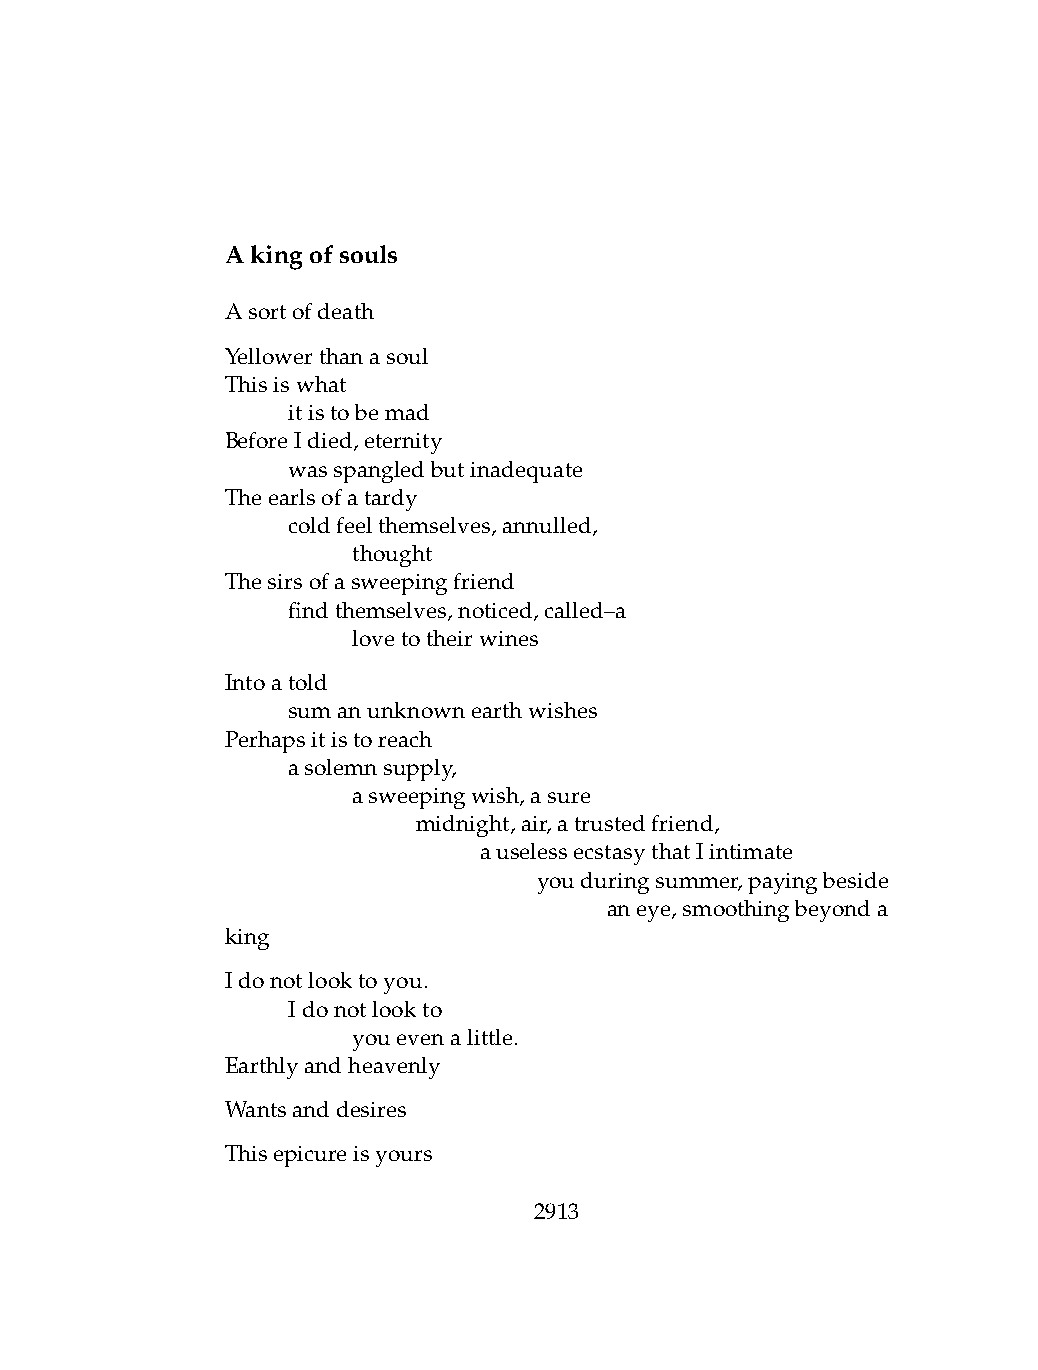
Akingofsouls
 Asortofdeath
 Yellowerthanasoul
 Thisiswhat
 .   itistobemad
 BeforeIdied,eternity
 .   wasspangledbutinadequate
 Theearlsofatardy
 .   coldfeelthemselves,annulled,
 .   .   thought
 Thesirsofasweepingfriend
 .   findthemselves,noticed,called–a
 .   .   lovetotheirwines
 Intoatold
 .   sumanunknownearthwishes
 Perhapsitistoreach
 .   asolemnsupply,
 .   .   asweepingwish,asure
 .   .   .    midnight,air,atrustedfriend,
 .   .   .    .   auselessecstasythatIintimate
 .   .   .   .   .    youduringsummer,payingbeside
 .   .   .    .   .   .   aneye,smoothingbeyonda
 king
 Idonotlooktoyou.
 .   Idonotlookto
 .   .   youevenalittle.
 Earthlyandheavenly
 Wantsanddesires
 Thisepicureisyours
 2913